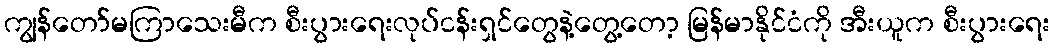
ကျွန်တော်မကြာသေးမီက စီးပွားရေးလုပ်ငန်းရှင်တွေနဲ့တွေ့တော့ မြန်မာနိုင်ငံကို အီးယူက စီးပွားရေး